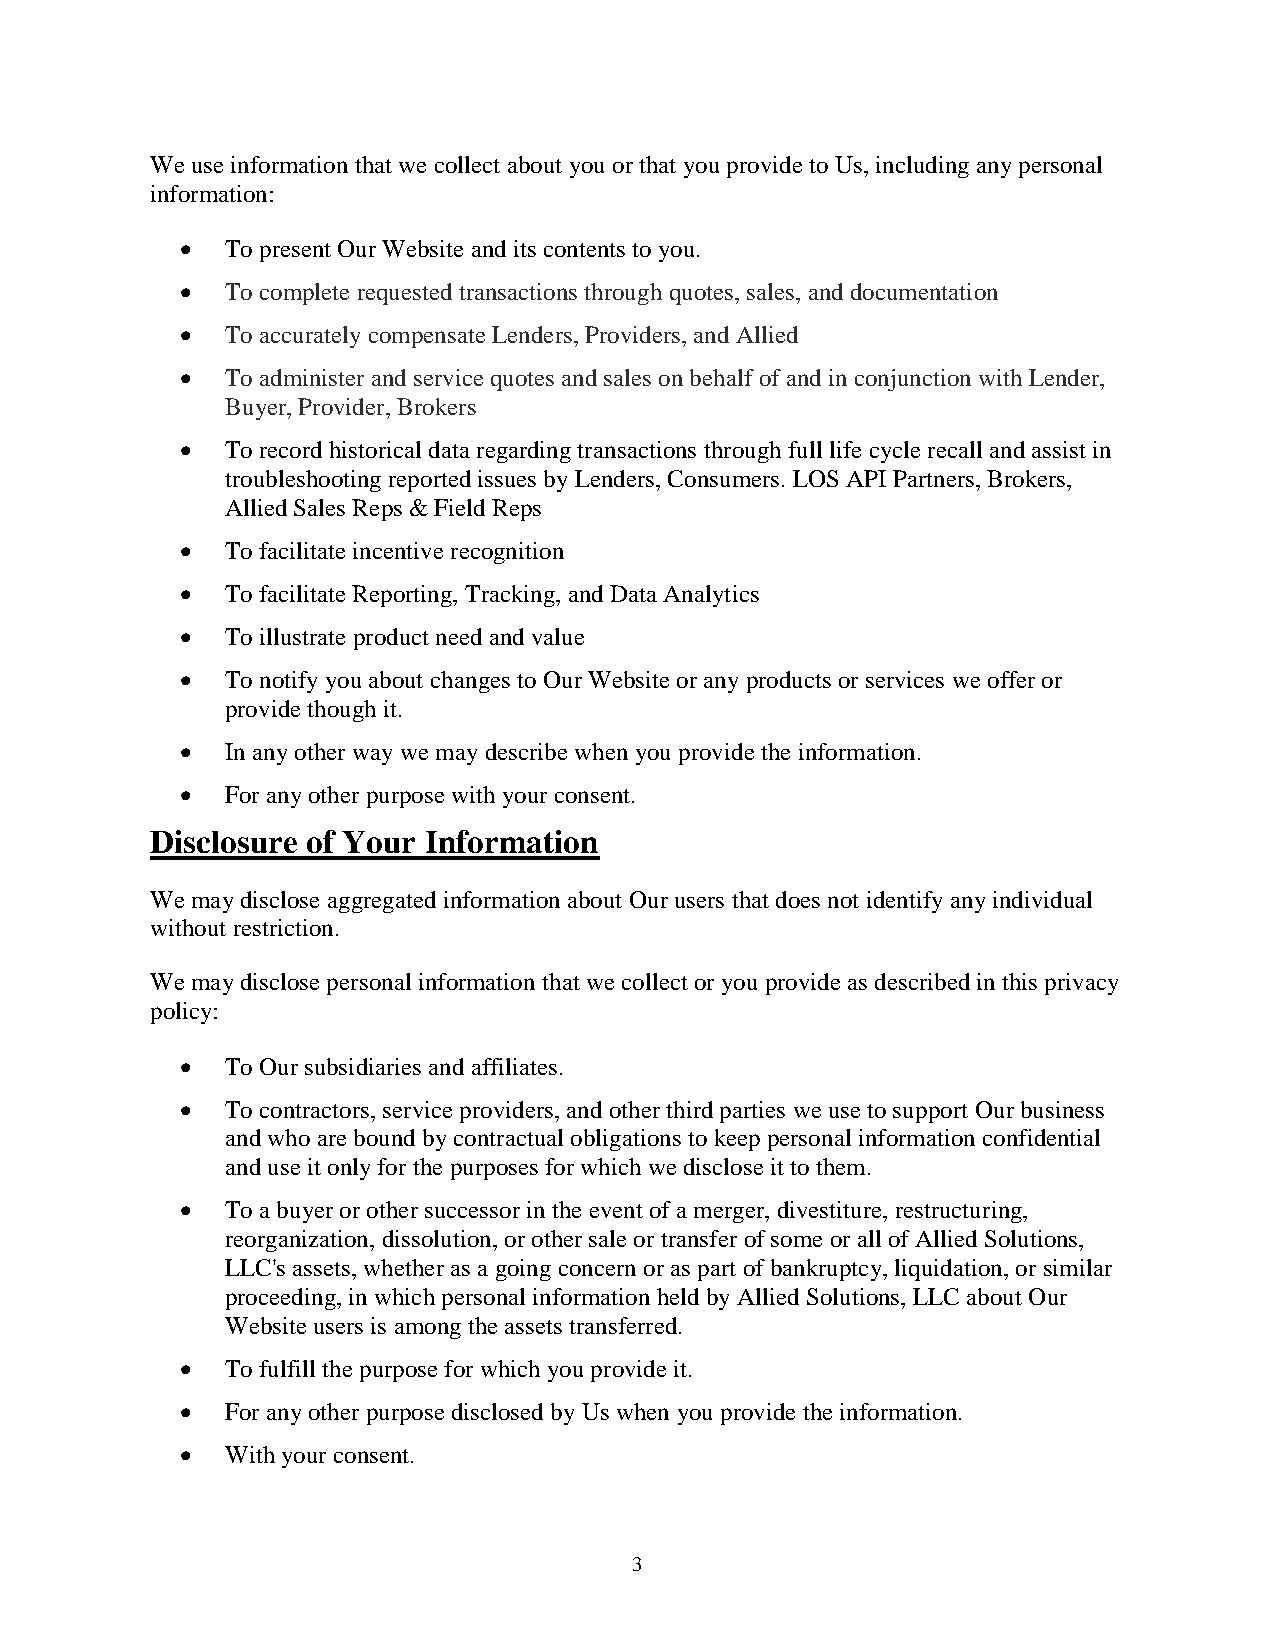
We use information that we collect about you or that you provide to Us, including any personal
 information:
   To present Our Website and its contents to you.
   To complete requested transactions through quotes, sales, and documentation
   To accurately compensate Lenders, Providers, and Allied
   To administer and service quotes and sales on behalf of and in conjunction with Lender,
 Buyer, Provider, Brokers
   To record historical data regarding transactions through full life cycle recall and assist in
 troubleshooting reported issues by Lenders, Consumers. LOS API Partners, Brokers,
 Allied Sales Reps & Field Reps
   To facilitate incentive recognition
   To facilitate Reporting, Tracking, and Data Analytics
   To illustrate product need and value
   To notify you about changes to Our Website or any products or services we offer or
 provide though it.
   In any other way we may describe when you provide the information.
   For any other purpose with your consent.
 Disclosure of Your Information
 We may disclose aggregated information about Our users that does not identify any individual
 without restriction.
 We may disclose personal information that we collect or you provide as described in this privacy
 policy:
   To Our subsidiaries and affiliates.
   To contractors, service providers, and other third parties we use to support Our business
 and who are bound by contractual obligations to keep personal information confidential
 and use it only for the purposes for which we disclose it to them.
   To a buyer or other successor in the event of a merger, divestiture, restructuring,
 reorganization, dissolution, or other sale or transfer of some or all of Allied Solutions,
 LLC's assets, whether as a going concern or as part of bankruptcy, liquidation, or similar
 proceeding, in which personal information held by Allied Solutions, LLC about Our
 Website users is among the assets transferred.
   To fulfill the purpose for which you provide it.
   For any other purpose disclosed by Us when you provide the information.
   With your consent.
 3